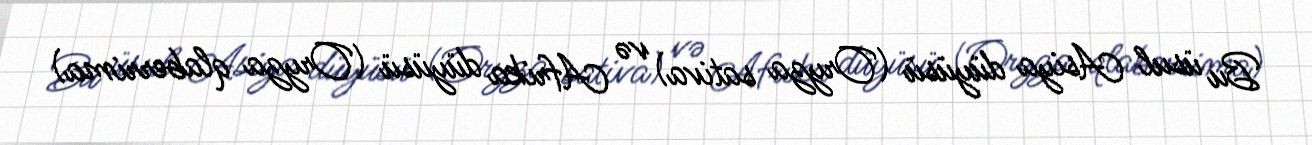
Bu üsul Asiya düyüsü (Oryza sativa) və Afrika düyüsü (Oryza qlaberrima)